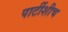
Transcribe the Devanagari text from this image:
पार्टीशीच